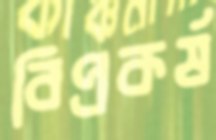
বিপ্রকর্ষ